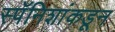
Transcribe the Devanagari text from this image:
स्पॅनिशांकडून